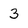
Character: 3